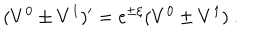
LaTeX: ( V ^ { 0 } \pm V ^ { 1 } ) ^ { \prime } = \mathrm { e } ^ { \pm \xi } ( V ^ { 0 } \pm V ^ { 1 } ) \ .